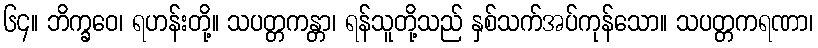
၆၄။ ဘိက္ခဝေ၊ ရဟန်းတို့။ သပတ္တကန္တာ၊ ရန်သူတို့သည် နှစ်သက်အပ်ကုန်သော။ သပတ္တကရဏာ၊